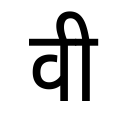
OCR:
वी